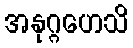
အနုဂ္ဂဟေသိ